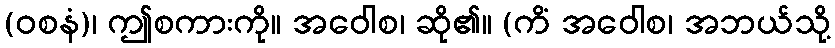
(ဝစနံ)၊ ဤစကားကို။ အဝေါစ၊ ဆို၏။ (ကိံ အဝေါစ၊ အဘယ်သို့